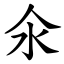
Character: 氽